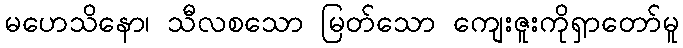
မဟေသိနော၊ သီလစသော မြတ်သော ကျေးဇူးကိုရှာတော်မူ